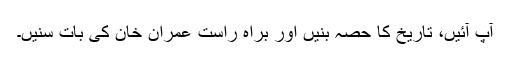
آپ آئیں، تاریخ کا حصہ بنیں اور براہِ راست عمران خان کی بات سنیں۔